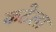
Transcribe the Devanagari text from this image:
कटेला